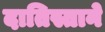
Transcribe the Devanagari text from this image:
दातिस्ताने